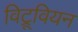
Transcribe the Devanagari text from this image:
विट्रूवियन